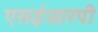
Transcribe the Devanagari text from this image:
एसईआरपी